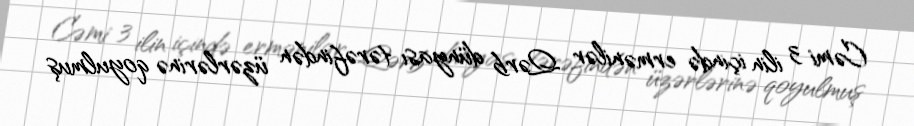
Cəmi 3 ilin içində ermənilər Qərb dünyası tərəfindən üzərlərinə qoyulmuş